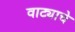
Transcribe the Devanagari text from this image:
वाट्याचे